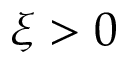
\xi > 0